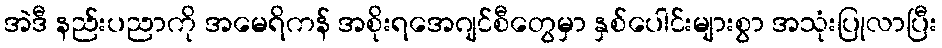
အဲဒီ နည်းပညာကို အမေရိကန် အစိုးရအေဂျင်စီတွေမှာ နှစ်ပေါင်းများစွာ အသုံးပြုလာပြီး